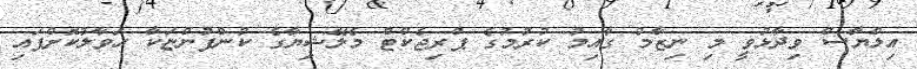
އިލްޔާސް ވިދާޅުވީ މި ނިޒާމް ގާއިމު ކުރުމުގެ ޕްރިޖެކްޓް މެލޭޝިޔާގެ ކުންފުންޏަކާ ހަވާލުކޮށްފައި